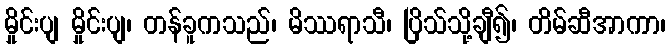
မှိုင်းပျ မှိုင်းပျ၊ တန်ခူကသည်၊ မိဿရာသီ၊ ပြိသ်သို့ချီ၍၊ တိမ်ဆီအာကာ၊